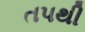
તપથી